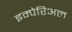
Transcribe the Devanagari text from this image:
इम्पेरिअल